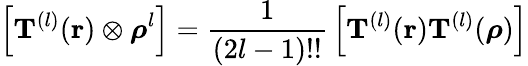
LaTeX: \left[\mathbf{T}^{(l)}(\mathbf{r})\otimes{\boldsymbol{\rho}}^{l}\right]={\frac{1}{(2l-1)!!}}\left[\mathbf{T}^{(l)}(\mathbf{r})\mathbf{T}^{(l)}({\boldsymbol{\rho}})\right]